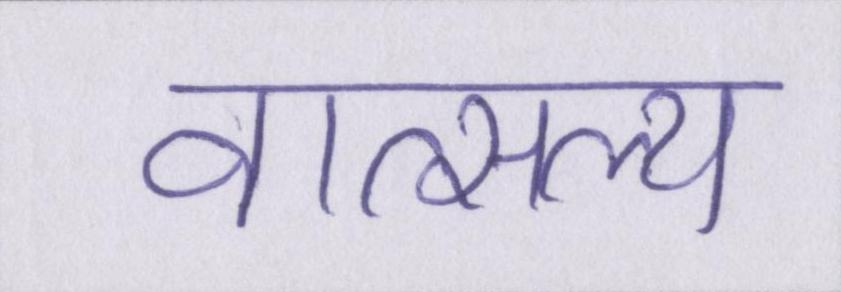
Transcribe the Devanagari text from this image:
वात्सल्य